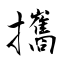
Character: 攜